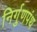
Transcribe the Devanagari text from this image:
निर्गुणपंथ